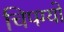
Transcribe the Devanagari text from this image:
चिपग्यो